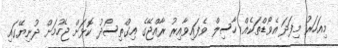
މިއަހަރު މިފަދަ އެވޯޑްތަކެއް ހާސިލް ވެފައިވާއިރު ރާއްޖޭގެ އިގްތިސޯދު ކޮޅަށް ޖެހުމަށް ދުނިޔޭގައި